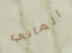
الماني